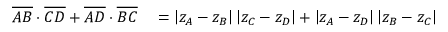
\begin{array} { r l } { { \overline { { A B } } } \cdot { \overline { { C D } } } + { \overline { { A D } } } \cdot { \overline { { B C } } } } & { { } = \left| z _ { A } - z _ { B } \right| \left| z _ { C } - z _ { D } \right| + \left| z _ { A } - z _ { D } \right| \left| z _ { B } - z _ { C } \right| } \end{array}